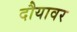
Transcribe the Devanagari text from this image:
दौयावर